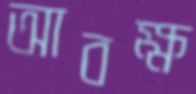
আবক্ষ